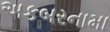
અકબરનામા